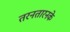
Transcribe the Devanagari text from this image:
तरनतारनके